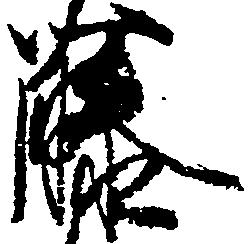
藤